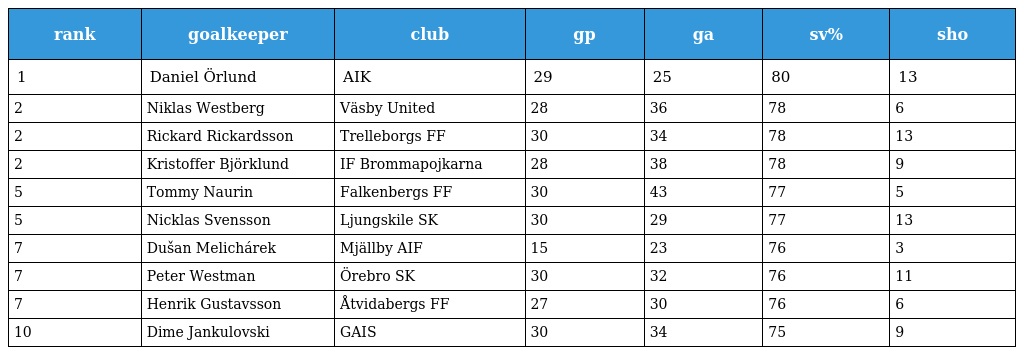
| rank | goalkeeper | club | gp | ga | sv% | sho |
 | --- | --- | --- | --- | --- | --- | --- |
 | 1 | Daniel Örlund | AIK | 29 | 25 | 80 | 13 |
 | 2 | Niklas Westberg | Väsby United | 28 | 36 | 78 | 6 |
 | 2 | Rickard Rickardsson | Trelleborgs FF | 30 | 34 | 78 | 13 |
 | 2 | Kristoffer Björklund | IF Brommapojkarna | 28 | 38 | 78 | 9 |
 | 5 | Tommy Naurin | Falkenbergs FF | 30 | 43 | 77 | 5 |
 | 5 | Nicklas Svensson | Ljungskile SK | 30 | 29 | 77 | 13 |
 | 7 | Dušan Melichárek | Mjällby AIF | 15 | 23 | 76 | 3 |
 | 7 | Peter Westman | Örebro SK | 30 | 32 | 76 | 11 |
 | 7 | Henrik Gustavsson | Åtvidabergs FF | 27 | 30 | 76 | 6 |
 | 10 | Dime Jankulovski | GAIS | 30 | 34 | 75 | 9 |